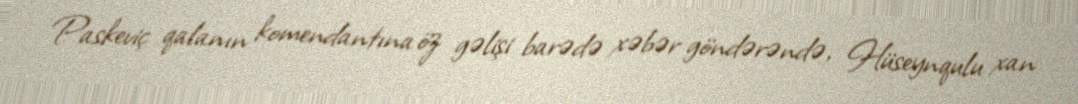
Paskeviç qalanın komendantına öz gəlişi barədə xəbər göndərəndə, Hüseynqulu xan